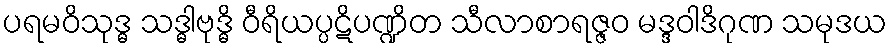
ပရမဝိသုဒ္ဓ သဒ္ဓါဗုဒ္ဓိ ဝီရိယပ္ပဋိပဏ္ဍိတ သီလာစာရဇ္ဇဝ မဒ္ဒဝါဒိဂုဏ သမုဒယ